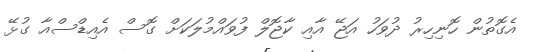
އެގޮތުން ހޮނިހިރު ދުވަހު އަޖޭ އާއި ކާޖޮލް ފުވައްމުލަކަށް ގޮސް އެއިޑްސްއާ ގުޅޭ